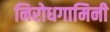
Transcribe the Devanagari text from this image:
निरोधगामिनी